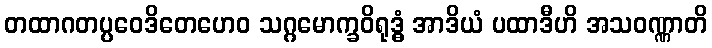
တထာဂတပ္ပဝေဒိတေဟေဝ သဂ္ဂမောက္ခဝိရုဒ္ဓံ အာဒိယံ ပထာဒီဟိ အသဝဏ္ဏာတိ